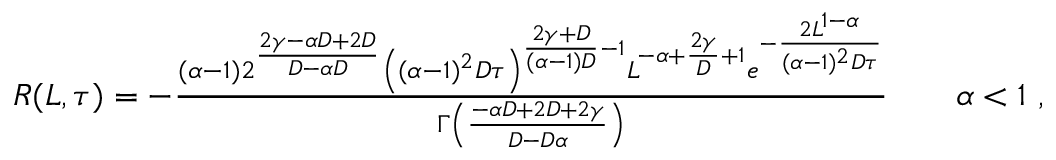
\begin{array} { r } { R ( L , \tau ) = - \frac { ( \alpha - 1 ) 2 ^ { \frac { 2 \gamma - \alpha D + 2 D } { D - \alpha D } } \left( ( \alpha - 1 ) ^ { 2 } D \tau \right) ^ { \frac { 2 \gamma + D } { ( \alpha - 1 ) D } - 1 } L ^ { - \alpha + \frac { 2 \gamma } { D } + 1 } e ^ { - \frac { 2 L ^ { 1 - \alpha } } { ( \alpha - 1 ) ^ { 2 } D \tau } } } { \Gamma \left( \frac { - \alpha D + 2 D + 2 \gamma } { D - D \alpha } \right) } \qquad \alpha < 1 \ , } \end{array}